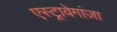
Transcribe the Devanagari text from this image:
एस्ट्रावेगांज़ा